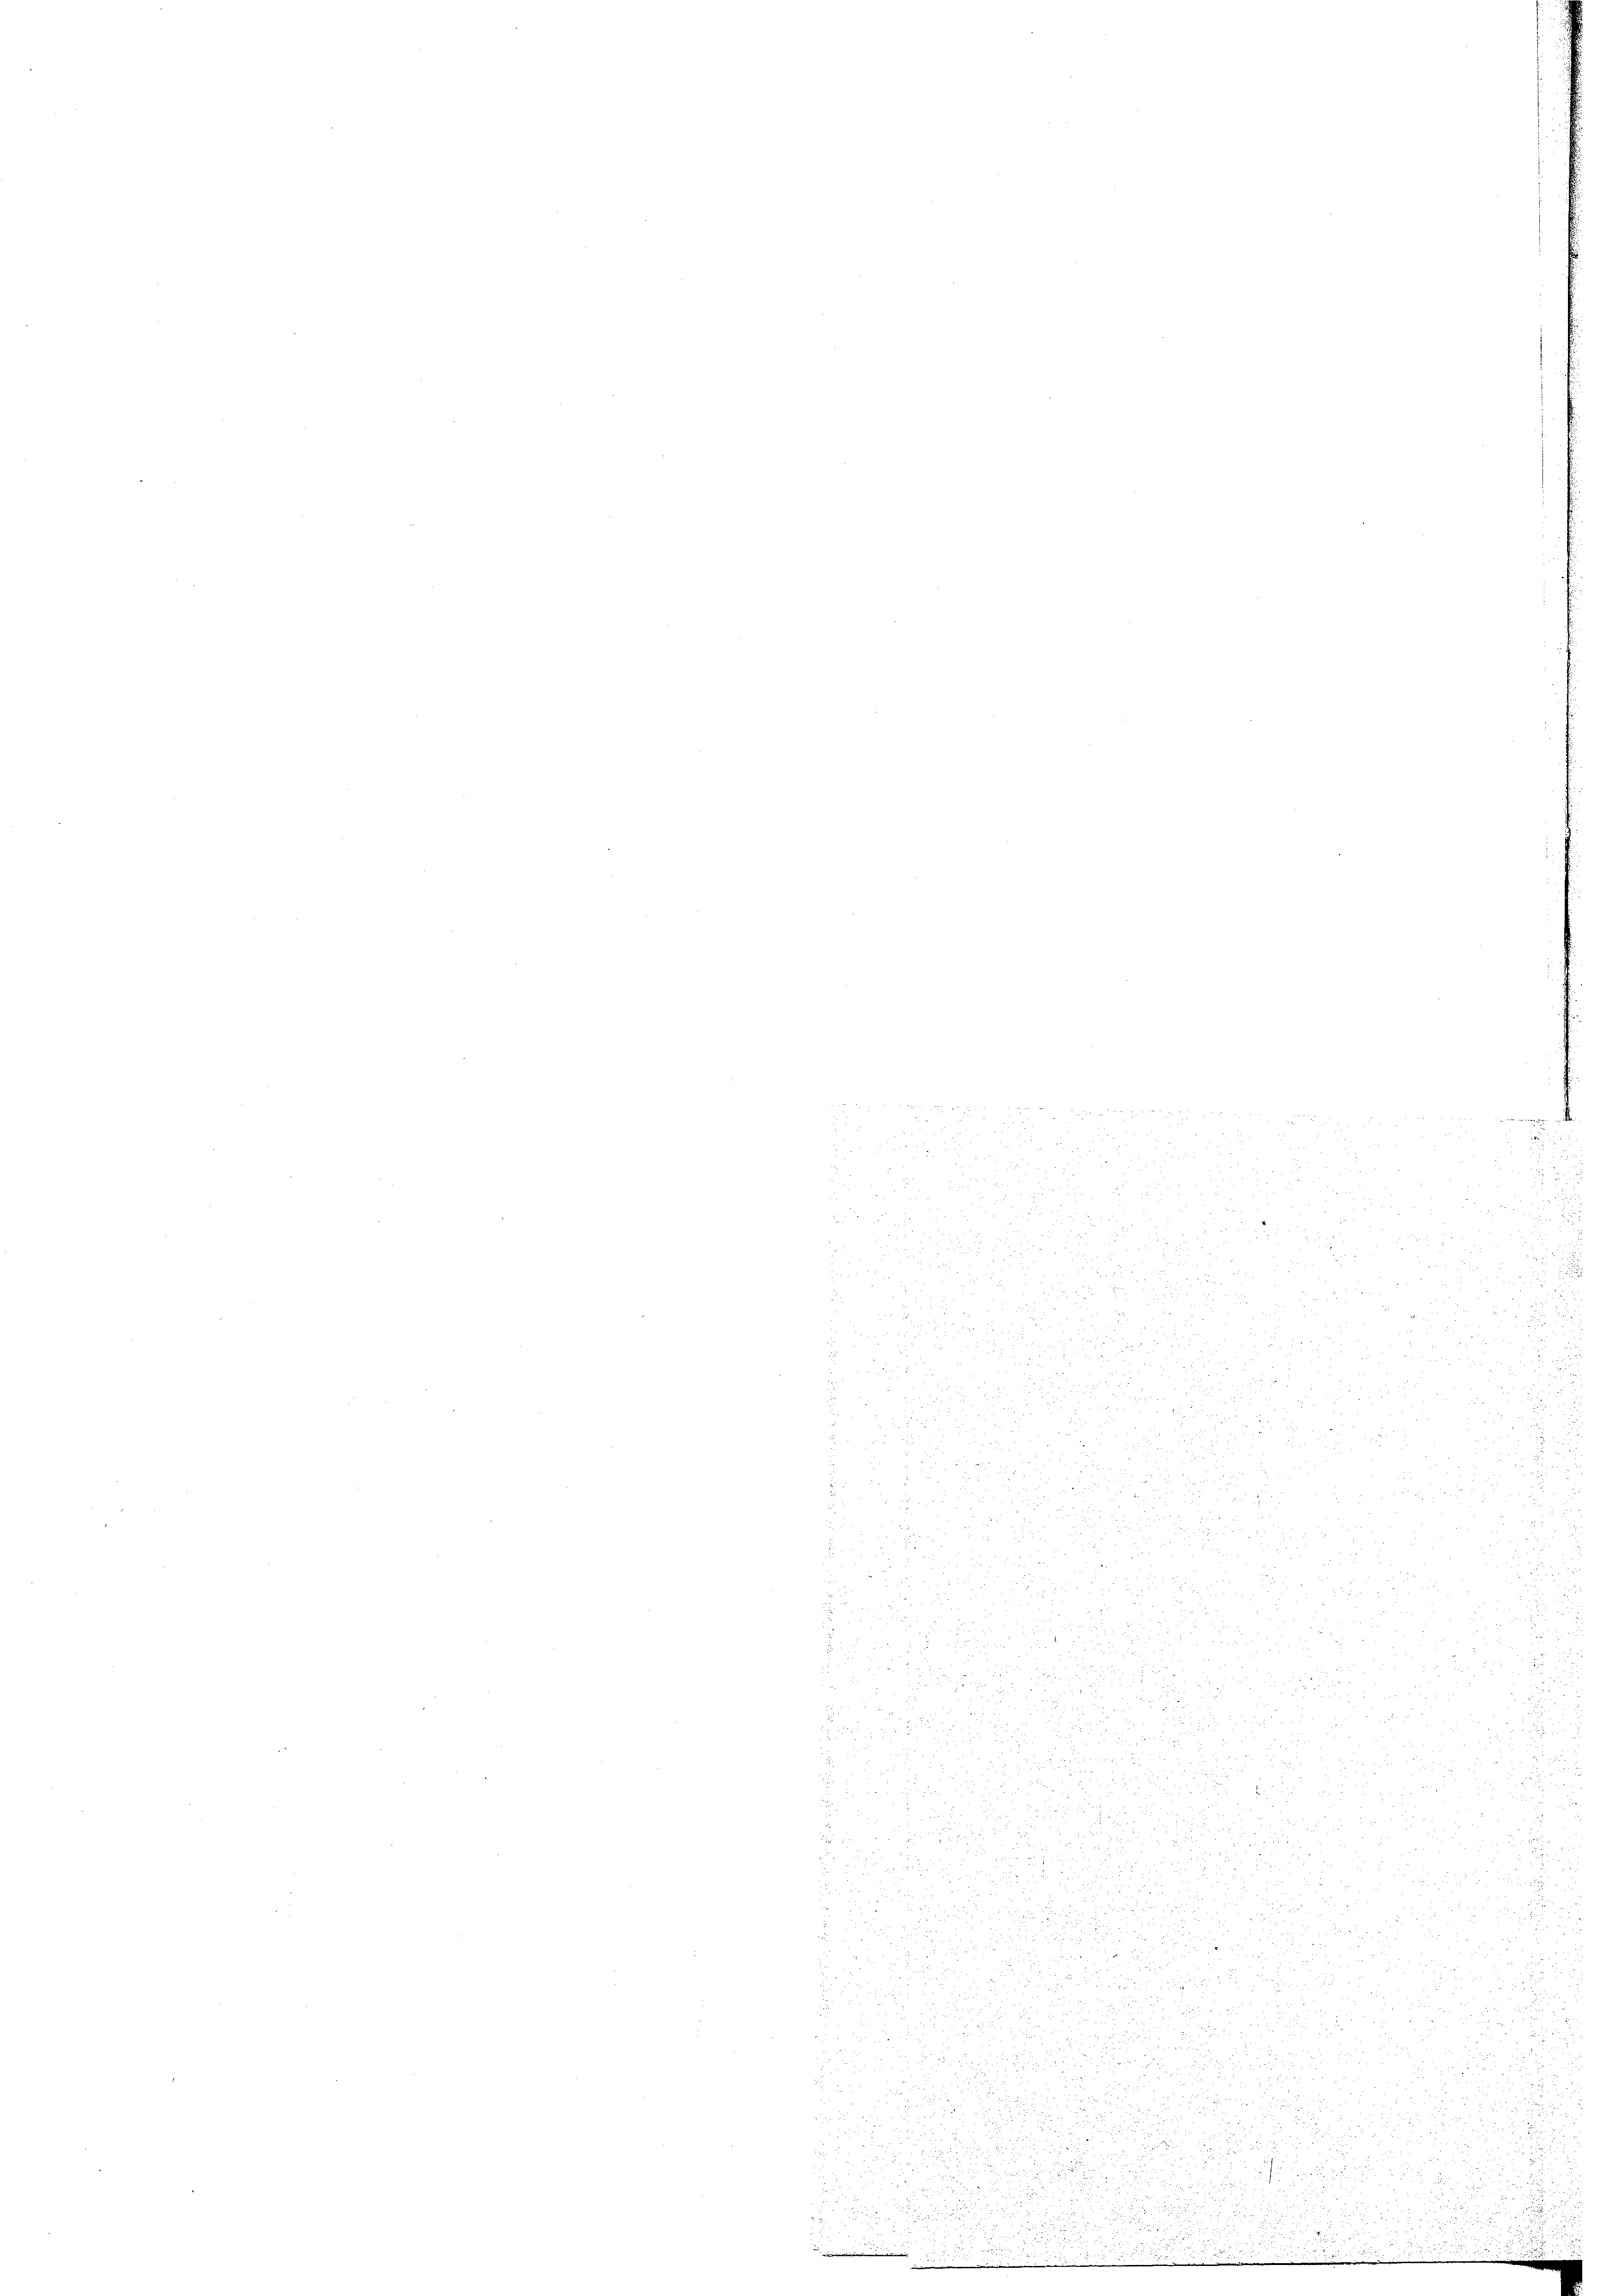
u
a
u
nnun

i